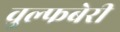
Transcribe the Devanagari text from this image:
वुल्फबेरी